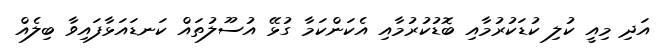
އަދި މިއީ ކުލި ކުޑަކުރުމާއި ބޮޑުކުރުމާއި އެކަންކަމާ ގުޅޭ އުސޫލުތައް ކަނޑައަޅާފައިވާ ބިލެއް